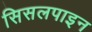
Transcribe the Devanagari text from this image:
सिसलपाइन